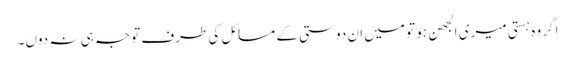
اگر وہ ہستی میری الجھن ہو تو میں ان دوستی کے مسائل کی طرف توجہ ہی نہ دوں۔